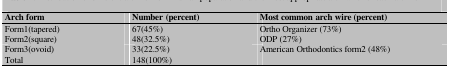
<table><thead><tr><td><b>Arch form</b></td><td><b>Number (percent)</b></td><td><b>Most common arch wire (percent)</b></td></tr></thead><tbody><tr><td> Form1(tapered) </td><td> 67(45%) </td><td> Ortho Organizer (73%) </td></tr><tr><td> Form2(square) </td><td> 48(32.5%) </td><td> ODP (27%) </td></tr><tr><td> Form3(ovoid) </td><td> 33(22.5%) </td><td> American Orthodontics form2 (48%) </td></tr><tr><td> Total </td><td> 148(100%) </td><td></td></tr></tbody></table>